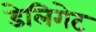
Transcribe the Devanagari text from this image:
डेलिगेट